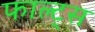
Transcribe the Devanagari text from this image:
फाल्ट्स